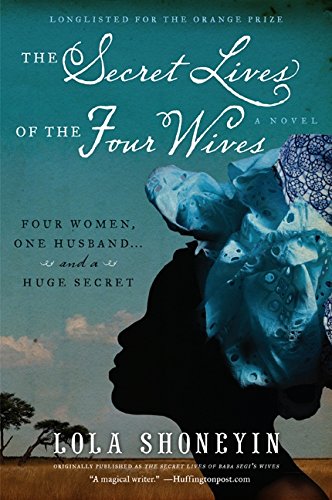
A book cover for The Secret Lives of the Four Wives: A Novel; Lola Shoneyin; Literature & Fiction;